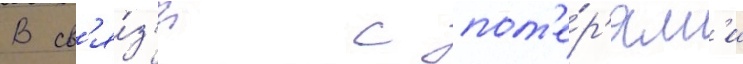
В св'я́з'и с пот'е́р'ям'и